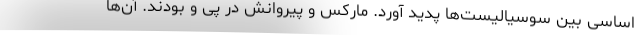
اساسی بین سوسیالیست‌ها پدید آورد. مارکس و پیروانش در پی و بودند. آن‌ها